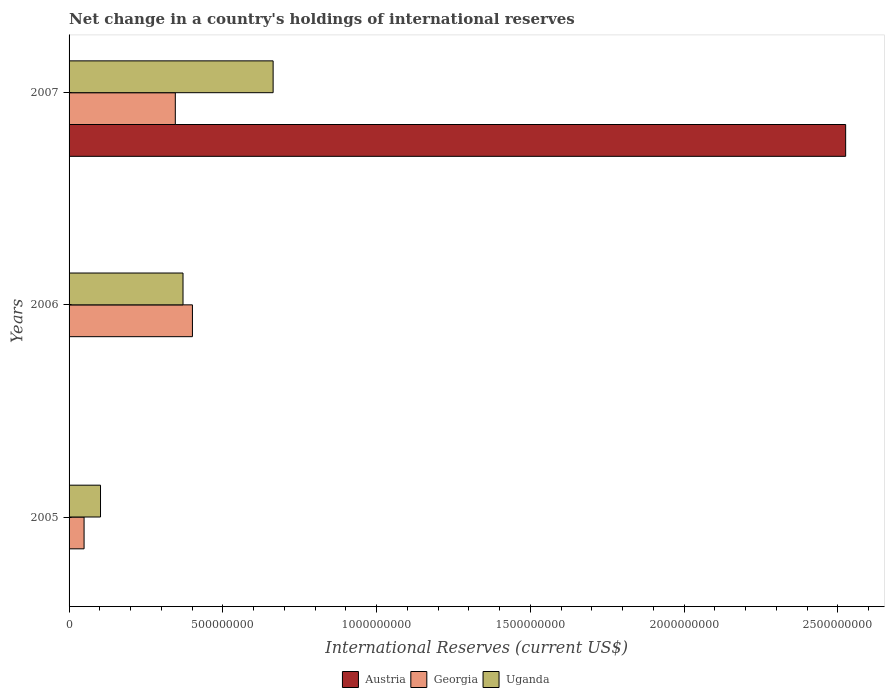
| Years | Austria | Georgia | Uganda |
 | --- | --- | --- | --- |
 | 2005 | -7.5e+08 | 4.88e+07 | 1.02e+08 |
 | 2006 | -8.61e+08 | 4.01e+08 | 3.7e+08 |
 | 2007 | 2.53e+09 | 3.45e+08 | 6.64e+08 |